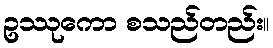
ဥဿုကော စသည်တည်း။